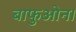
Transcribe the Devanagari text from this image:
बाफुओन।